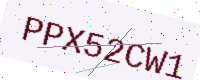
Text: PPX52CW1